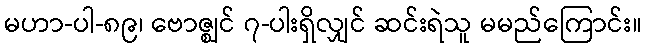
မဟာ-ပါ-၈၉၊ ဗောဇ္ဈင် ၇-ပါးရှိလျှင် ဆင်းရဲသူ မမည်ကြောင်း။